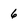
Character: 6